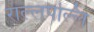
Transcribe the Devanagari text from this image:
राल्लपल्लि